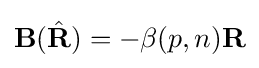
\mathbf {B} ({\hat {\mathbf {R} }})=-\beta (p,n)\mathbf {R}